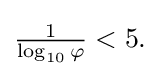
{\textstyle {\frac {1}{\log _{10}\varphi }}<5.}